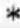
*